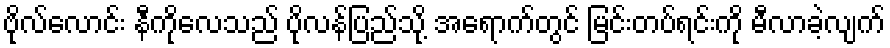
ဗိုလ်လောင်း နီကိုလေသည် ပိုလန်ပြည်သို့ အရောက်တွင် မြင်းတပ်ရင်းကို မီလာခဲ့လျက်